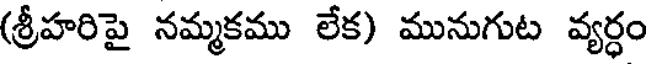
(శ్రీహరిపై నమ్మకము లేక) మునుగుట వ్యర్ధం